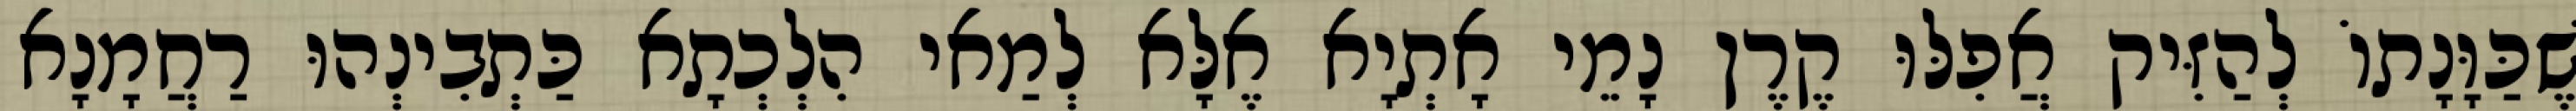
שֶׁכַּוָּנָתוֹ לְהַזִּיק אֲפִלּוּ קֶרֶן נָמֵי אָתְיָא אֶלָּא לְמַאי הִלְכְתָא כַּתְבִינְהוּ רַחֲמָנָא